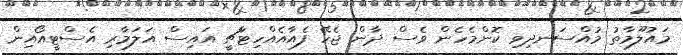
މައުލޫމާތު މުއްސަނދިވި ކޮންމެހެން ވެސް ދާން ޖެހޭ ފެއާއެއްހިޓާޗީ އައިސް އަލަމާރި އެސްޓީއޯއިން